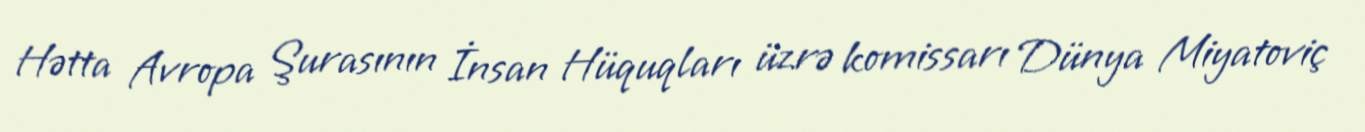
Hətta Avropa Şurasının İnsan Hüquqları üzrə komissarı Dünya Miyatoviç